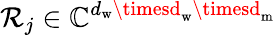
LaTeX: \mathcal{R}_{j}\in\mathbb{{C}}^{d_{\mathrm{{w}}}\timesd_{\mathrm{{w}}}\timesd_{\mathrm{{m}}}}